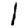
Digit: 1